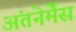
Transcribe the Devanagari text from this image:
अंतनेर्मेंस